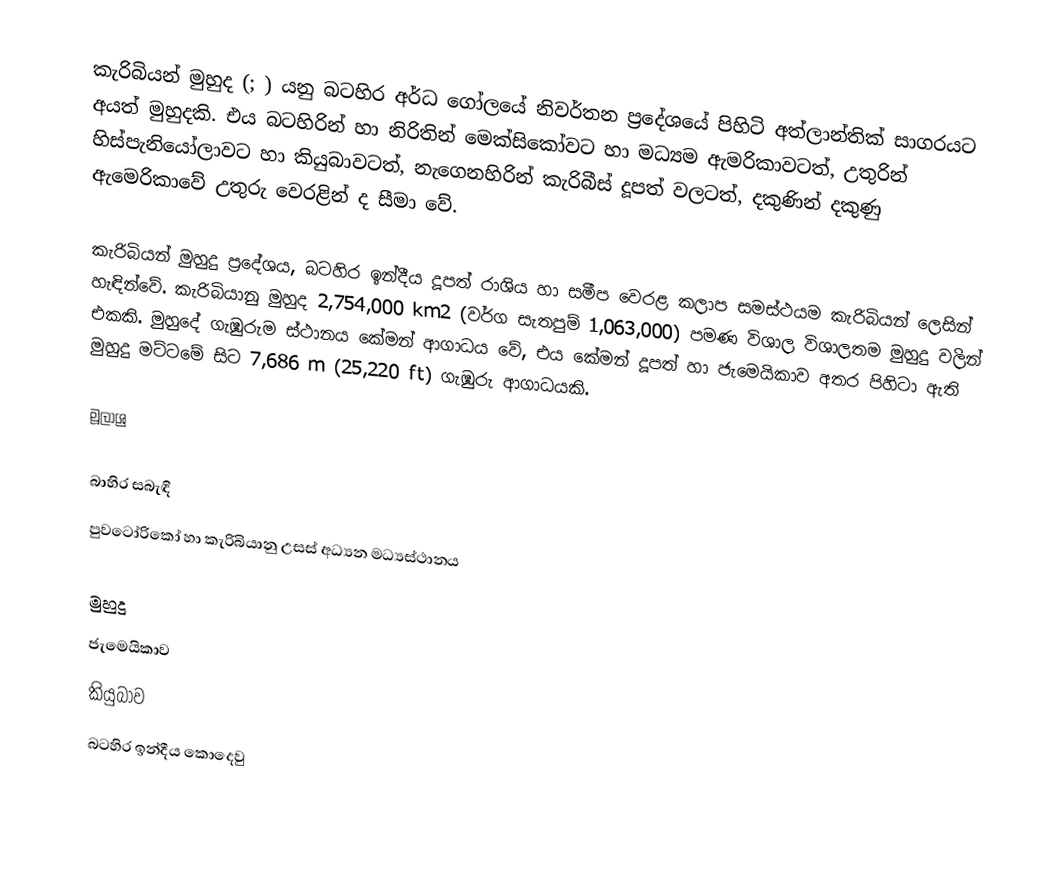
කැරිබියන් මුහුද (;  ) යනු බටහිර අර්ධ ගෝලයේ නිවර්තන ප්‍රදේශයේ පිහිටි අත්ලාන්තික් සාගරයට අයත් මුහුදකි. එය බටහිරින් හා නිරිතින් මෙක්සිකෝවට හා මධ්‍යම ඇමරිකාවටත්, උතුරින් හිස්පැනියෝලාවට හා කියුබාවටත්, නැගෙනහිරින් කැරිබීස් දූපත් වලටත්, දකුණින් දකුණු ඇමෙරිකාවේ උතුරු වෙරළින් ද සීමා වේ.

කැරිබියන් මුහුදු ප්‍රදේශය, බටහිර ඉන්දීය දූපත් රාශිය හා සමීප වෙරළ කලාප සමස්ථයම කැරිබියන් ලෙසින් හැඳින්වේ. කැරිබියානු මුහුද 2,754,000 km2 (වර්ග සැතපුම් 1,063,000) පමණ විශාල විශාලතම මුහුදු වලින් එකකි. මුහුදේ ගැඹුරුම ස්ථානය කේමන් ආගාධය වේ, එය කේමන් දූපත් හා ජැමෙයිකාව අතර පිහිටා ඇති මුහුදු මට්ටමේ සිට 7,686 m (25,220 ft) ගැඹුරු ආගාධයකි.

මූලාශ්‍ර

බාහිර සබැඳි
  පුවටෝරිකෝ හා කැරිබියානු උසස් අධ්‍යන මධ්‍යස්ථානය

මුහුදු
ජැමෙයිකාව
කියුබාව
බටහිර ඉන්දීය කොදෙවු